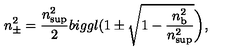
n _ { \pm } ^ { 2 } = \frac { n _ { \mathrm { s u p } } ^ { 2 } } { 2 } b i g g l ( 1 \pm \sqrt { 1 - \frac { n _ { \mathrm { b } } ^ { 2 } } { n _ { \mathrm { s u p } } ^ { 2 } } } \biggr ) ,